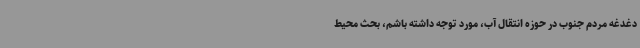
دغدغه مردم جنوب در حوزه انتقال آب، مورد توجه داشته باشم، بحث محیط